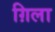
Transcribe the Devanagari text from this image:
ग़िला